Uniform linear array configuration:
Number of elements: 4
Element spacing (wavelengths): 0.5
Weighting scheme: uniform
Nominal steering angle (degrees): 60
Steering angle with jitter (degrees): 59.204
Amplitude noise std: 0.05
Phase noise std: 0.05

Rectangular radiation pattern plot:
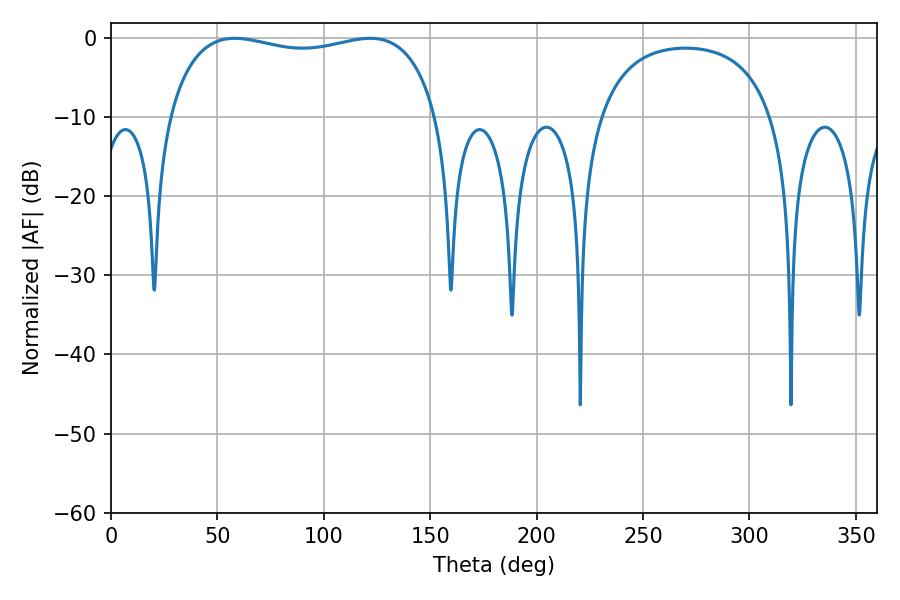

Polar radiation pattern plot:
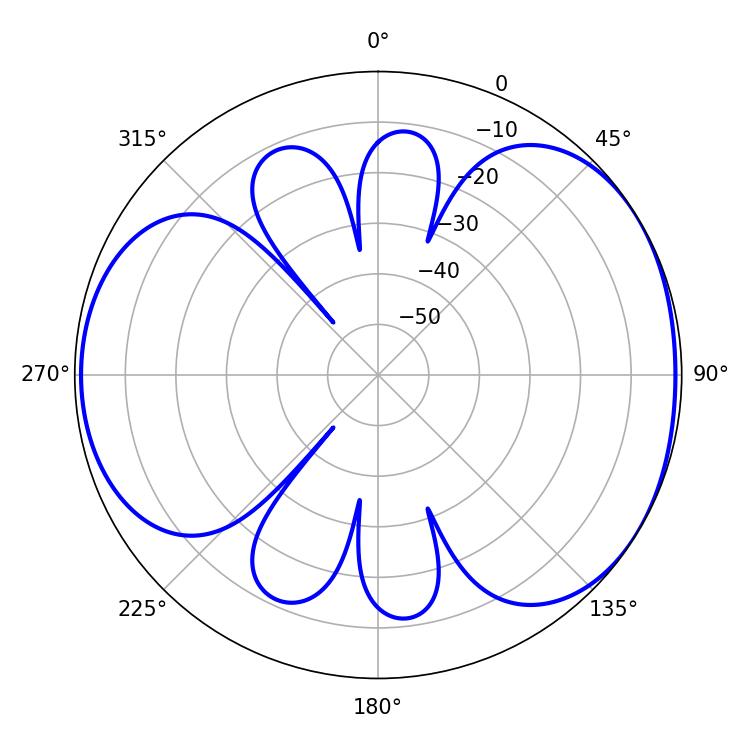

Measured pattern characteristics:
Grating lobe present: FALSE
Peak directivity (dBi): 4.487
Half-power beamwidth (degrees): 102.96
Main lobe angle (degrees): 58.14